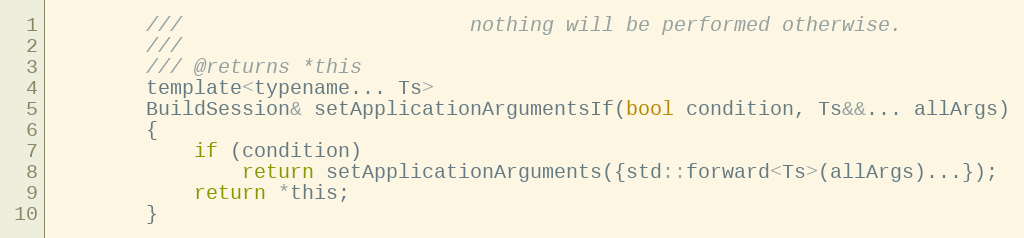
Language: C
        ///                        nothing will be performed otherwise.
        ///
        /// @returns *this
        template<typename... Ts>
        BuildSession& setApplicationArgumentsIf(bool condition, Ts&&... allArgs)
        {
            if (condition)
                return setApplicationArguments({std::forward<Ts>(allArgs)...});
            return *this;
        }